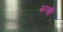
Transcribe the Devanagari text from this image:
बरसंहि